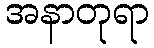
အနာတုရာ